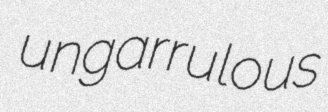
ungarrulous